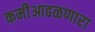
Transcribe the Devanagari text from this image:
कमीआढळणारा